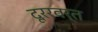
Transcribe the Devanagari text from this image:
दूररवर्त